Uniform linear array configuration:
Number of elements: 4
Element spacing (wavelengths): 0.5
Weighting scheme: cosine
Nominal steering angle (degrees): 0
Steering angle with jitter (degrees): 0.6688
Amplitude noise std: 0.05
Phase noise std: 0.05

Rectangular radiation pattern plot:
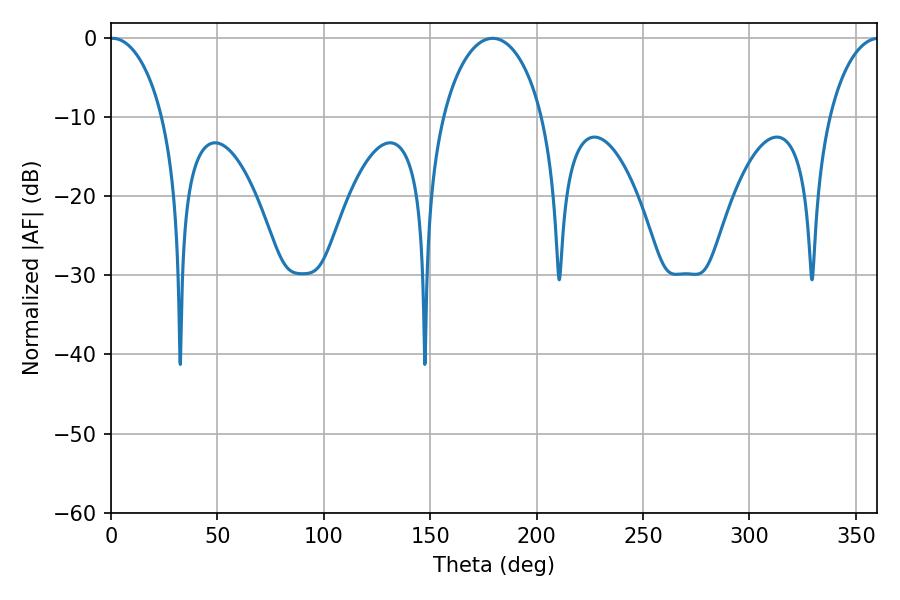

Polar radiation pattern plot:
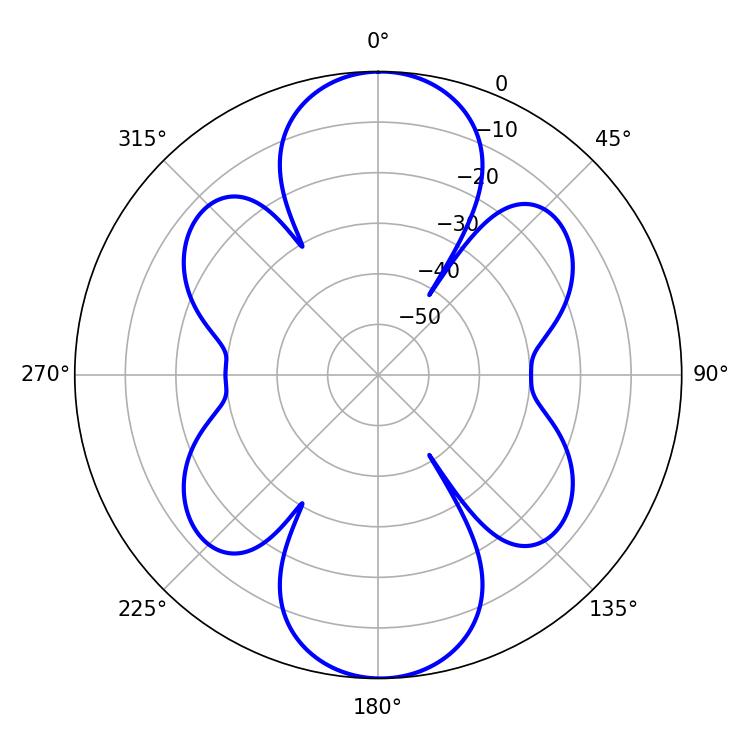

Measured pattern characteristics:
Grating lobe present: FALSE
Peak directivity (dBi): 24.216
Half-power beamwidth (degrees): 14.22
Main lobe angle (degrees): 0.72